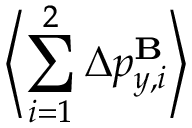
\left\langle \sum _ { i = 1 } ^ { 2 } \Delta p _ { y , i } ^ { \mathbf { B } } \right\rangle